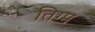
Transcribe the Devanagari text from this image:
तिग्म